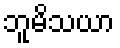
ဘူမိသယာ